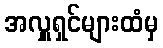
အလှူရှင်များထံမှ